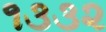
૧૩૩૨